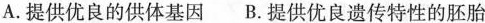
A.提供优良的供体基因 B.提供优良遗传特性的胚胎